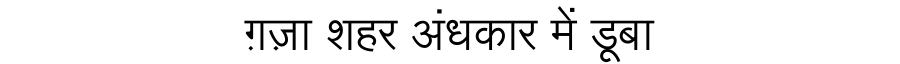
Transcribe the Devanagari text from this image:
ग़ज़ा शहर अंधकार में डूबा